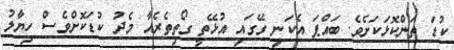
ކުޑަ ތަންކޮޅަކަށެވެ. ބައްޕަ އެކަނި ގޭގައި އުޅޭތީ ގޯތިތެރެއާ މެދު ކުޑަކޮށްވެސް ހިޔާލު